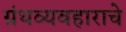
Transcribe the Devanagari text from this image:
ग्रंथव्यवहाराचे